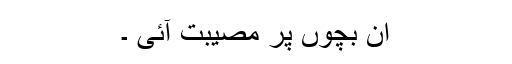
اِن بچوں پر مصیبت آئی ۔